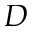
D